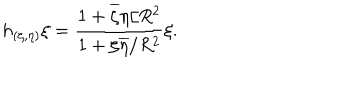
LaTeX: h _ { ( \zeta , \eta ) } \xi = \frac { 1 + \overline { { \zeta } } \eta / R ^ { 2 } } { 1 + \zeta \overline { { \eta } } / R ^ { 2 } } \xi .